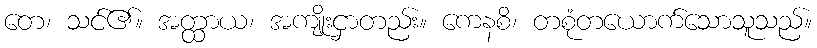
တေ၊ သင်၏။ အတ္ထာယ၊ အကျိုးငှာတည်း။ ကေနစိ၊ တစုံတယောက်သောသူသည်။